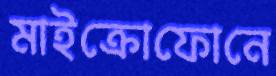
মাইক্রোফোনে